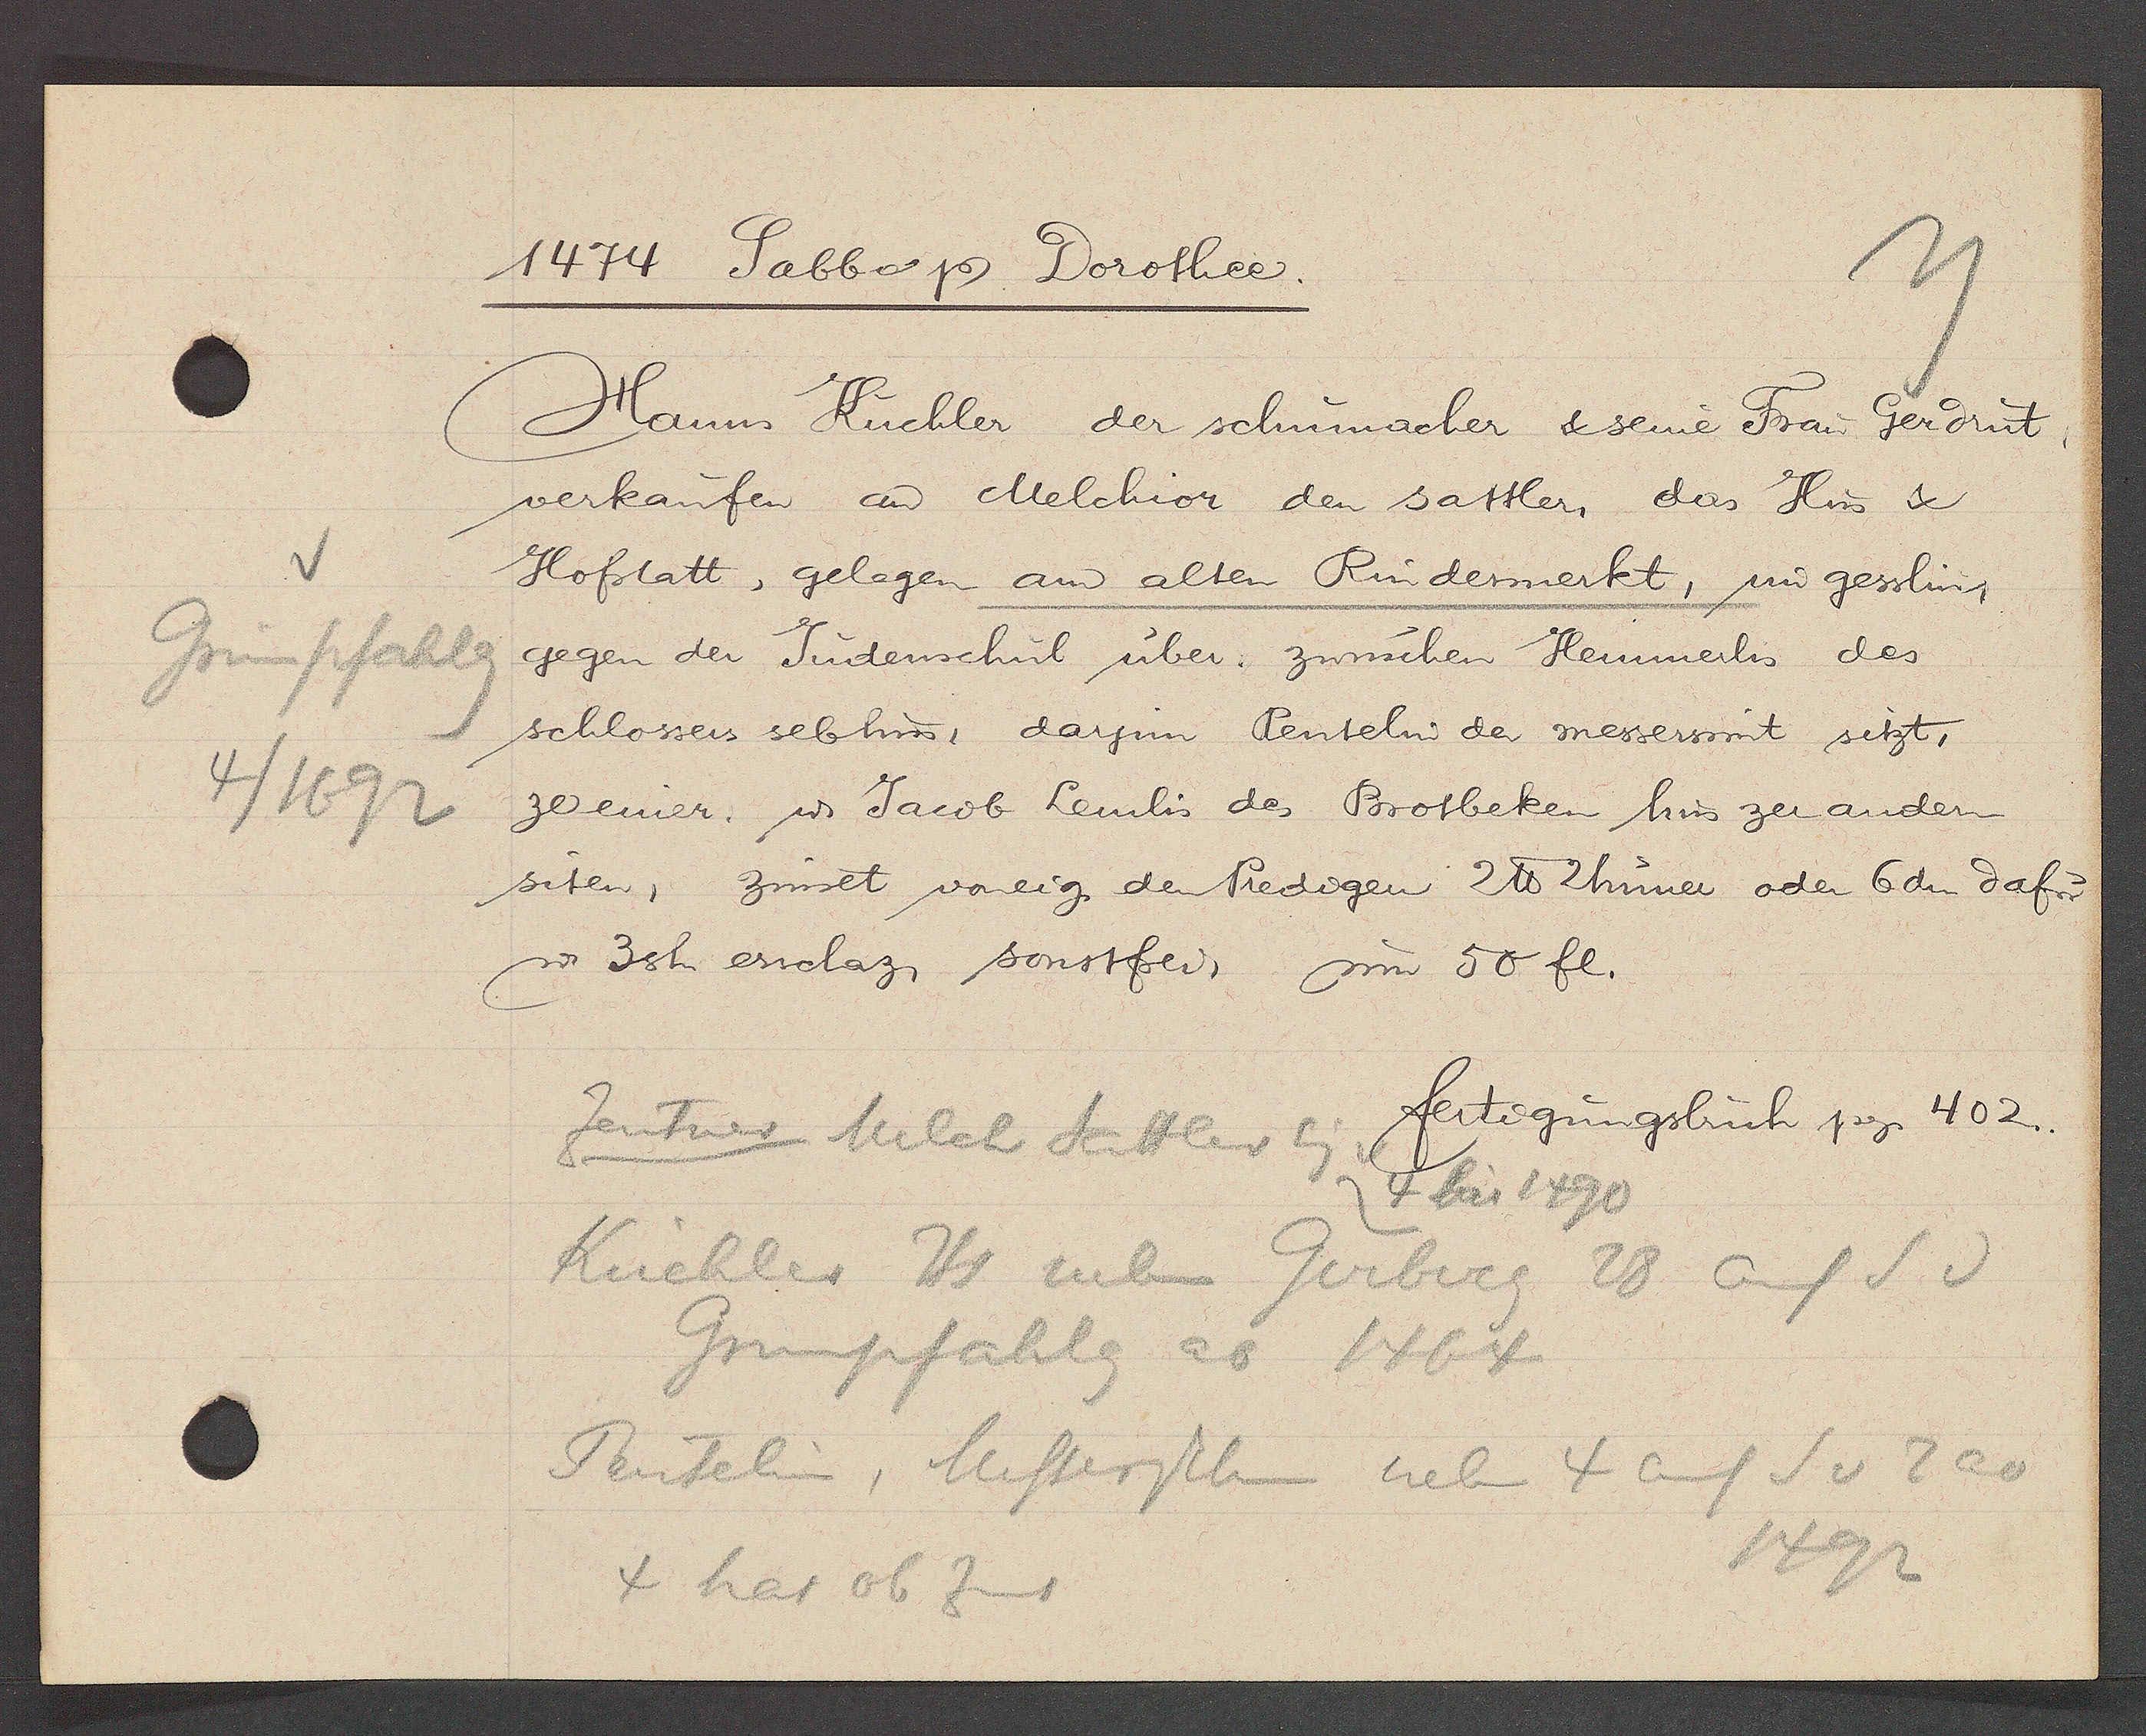
Transcript:
Grünpfahlg
4/1692

1474 Sabbo Ƿ Dorothee.

Hanns Kuchler der schumacher & seine Frau Gerdrut,
verkaufen an Melchior den sattler, das Hus &
Hofstatt, gelegen am alten Rindermerkt, im gesslin,
gegen der Judenschul über zwuschen Henmerlis des
schlossers sebhus, darjin Pentelin der messersmit sitzt,
ze einer. u Jacob Lemlis des Brotbeken hus zer andern
siten, zinset voneig den Predigen 2 ℔ 2 huner oder 6 dn dafur
u 3 sh erschaz, sonstfrei, um 50 fl.

fertigungbuch pg. 402..

Zentner Melch Sattler
Eig v 4 bis 1490
Küchler Hs neben Gerberg 28 auf S d
Grunpfahlg ao 1464
Pentelin, Messcherschm neben 4 auf S v 2 ao
1492
4 hat ob Zins